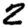
Digit: 2